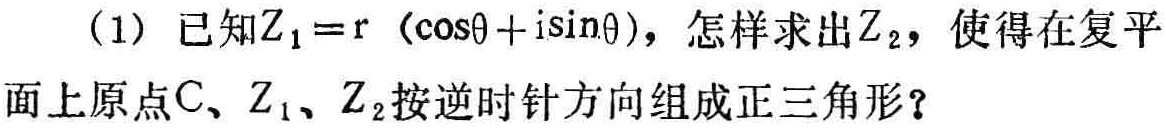
（1）已知\(Z_{1}=r (\cos\theta +i\sin\theta )\)，怎样求出\(Z_{2}\)，使得在复平面上原点\(C\)、\(Z_{1}\)、\(Z_{2}\)按逆时针方向组成正三角形？